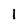
Character: 1